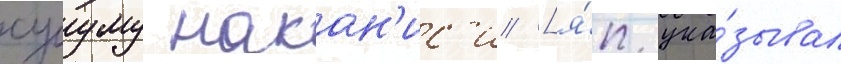
сусуму накан'ис'и [я́п. ука́зывал